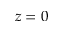
z = 0